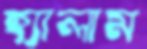
হ্যালাম